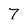
Character: 7